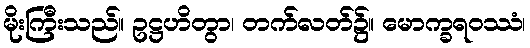
မိုးကြီးသည်။ ဥဋ္ဌဟိတွာ၊ တက်လတ်၌။ မောက္ခရဝဿံ၊